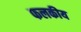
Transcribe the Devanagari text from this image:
फलकीय